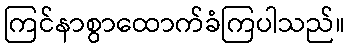
ကြင်နာစွာထောက်ခံကြပါသည်။